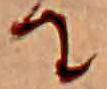
て